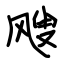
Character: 飕